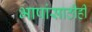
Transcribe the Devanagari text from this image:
भाषांसाठीही